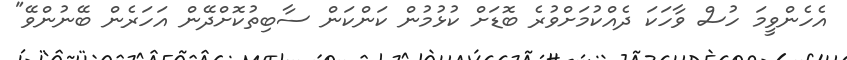
އެހެންވީމަ ހުސް ވާހަކަ ދެއްކުމަށްވުރެ ބޮޑަށް ކުޅުމުން ކަންކަން ސާބިތުކޮށްދޭން އަހަރެން ބޭނުންވޭ"